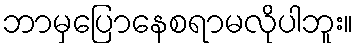
ဘာမှပြောနေစရာမလိုပါဘူး။